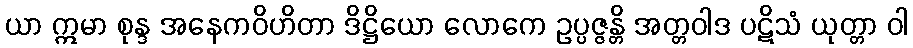
ယာ ဣမာ စုန္ဒ အနေကဝိဟိတာ ဒိဋ္ဌိယော လောကေ ဥပ္ပဇ္ဇန္တိ အတ္တဝါဒ ပဋိသံ ယုတ္တာ ဝါ